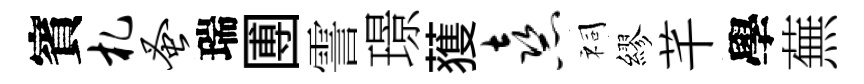
賓札蚤瑞圑霅璟𫉬熹祠繆芊學蕪